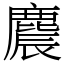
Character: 麎